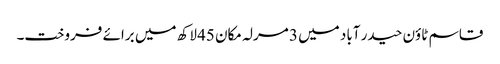
قاسم ٹاؤن حیدر آباد میں 3 مرلہ مکان 45 لاکھ میں برائے فروخت۔